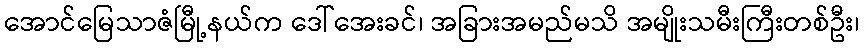
အောင်မြေသာဇံမြီု့နယ်က ဒေါ်အေးခင်၊ အခြားအမည်မသိ အမျိုးသမီးကြီးတစ်ဦး၊